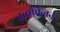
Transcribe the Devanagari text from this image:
तत्त्वचिन्तन